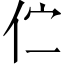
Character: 伫